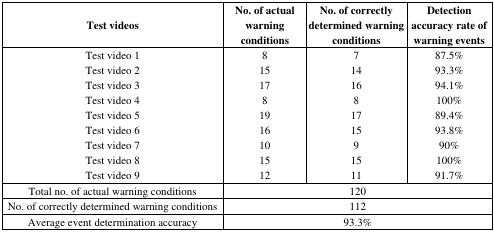
<table><thead><tr><td><b>Test videos</b></td><td><b>No. of actual warning conditions</b></td><td><b>No. of correctly determined warning conditions</b></td><td><b>Detection accuracy rate of warning events</b></td></tr></thead><tbody><tr><td>Test video 1</td><td>8</td><td>7</td><td>87.5%</td></tr><tr><td>Test video 2</td><td>15</td><td>14</td><td>93.3%</td></tr><tr><td>Test video 3</td><td>17</td><td>16</td><td>94.1%</td></tr><tr><td>Test video 4</td><td>8</td><td>8</td><td>100%</td></tr><tr><td>Test video 5</td><td>19</td><td>17</td><td>89.4%</td></tr><tr><td>Test video 6</td><td>16</td><td>15</td><td>93.8%</td></tr><tr><td>Test video 7</td><td>10</td><td>9</td><td>90%</td></tr><tr><td>Test video 8</td><td>15</td><td>15</td><td>100%</td></tr><tr><td>Test video 9</td><td>12</td><td>11</td><td>91.7%</td></tr><tr><td>Total no. of actual warning conditions</td><td colspan="3">120</td></tr><tr><td>No. of correctly determined warning conditions</td><td colspan="3">112</td></tr><tr><td>Average event determination accuracy</td><td colspan="3">93.3%</td></tr></tbody></table>